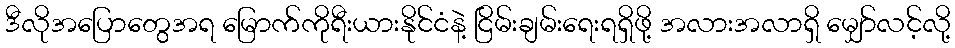
ဒီလိုအပြောတွေအရ မြောက်ကိုရီးယားနိုင်ငံနဲ့ ငြိမ်းချမ်းရေးရရှိဖို့ အလားအလာရှိ မျှော်လင့်လို့